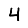
Digit: 4